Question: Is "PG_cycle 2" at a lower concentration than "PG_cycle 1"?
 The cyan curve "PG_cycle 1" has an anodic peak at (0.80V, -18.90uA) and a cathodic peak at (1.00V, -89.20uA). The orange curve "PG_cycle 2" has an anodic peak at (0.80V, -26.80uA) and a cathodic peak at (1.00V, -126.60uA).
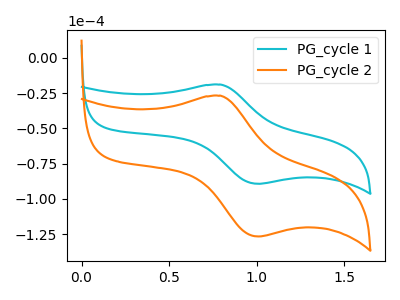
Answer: <think>All the peaks in "PG_cycle 1" have a peak in "PG_cycle 2" at the same potential.
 </think>
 <answer>I cant tell if "PG_cycle 1" or "PG_cycle 2" has higher concentration.</answer>
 <eval>mixed_concentration</eval>